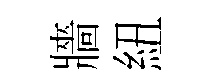
牆紐